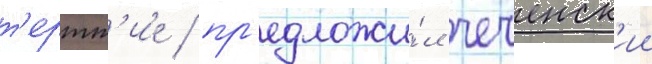
т'ертт'ие / пр'едложи́л чеченск'ии